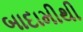
બાદામીથી